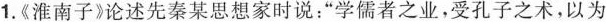
1.《淮南子》论述先秦某思想家时说：”学儒者之业，受孔子之术，以为